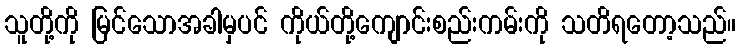
သူတို့ကို မြင်သောအခါမှပင် ကိုယ်တို့ကျောင်းစည်းကမ်းကို သတိရတော့သည်။